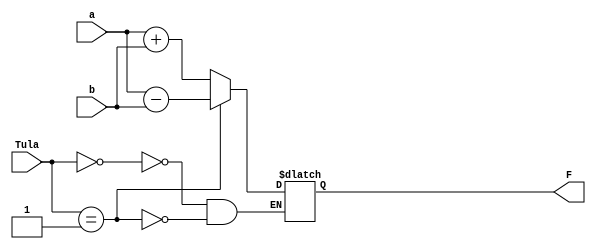
module ULA(input[5:0] a, input[5:0] b, input[1:0] Tula, output reg[5:0] F);

reg[5:0] in1;
reg[5:0] in2;
initial in1 = a;
initial in2 = b;

always @(*)
begin
		case(Tula)
	
			2'b00:
			begin
				F = in1 + in2;
			end
			
			2'b01:
			begin
				F = in1 - in2;
			end
			
		endcase			
end

endmodule